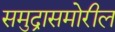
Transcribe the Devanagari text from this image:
समुद्रासमोरील